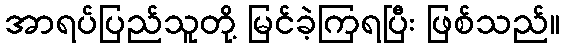
အာရပ်ပြည်သူတို့ မြင်ခဲ့ကြရပြီး ဖြစ်သည်။